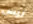
ليس